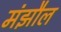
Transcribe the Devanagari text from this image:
मंझौल